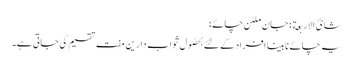
شائ الاربعة؛ جان ملٹن چائے؛
یہ چائے نابینا افراد کے لئے بحصُول ثوابِ دارین مفت تقسیم کی جاتی ہے۔